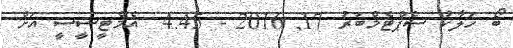
ބޯ ހަލާކު ސެޕްޓެމްބަރު 17